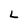
Character: L